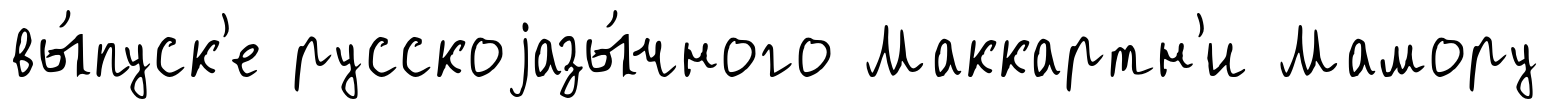
вы́пуск'е русскоjазы́чного Маккартн'и Мамору